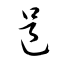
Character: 邑